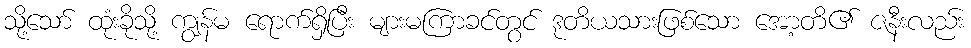
သို့သော် ထုံးခိုသို့ ကျွန်မ ရောက်ရှိပြီး များမကြာခင်တွင် ဒုတိယသားဖြစ်သော အော့တိ၏ ဇနီးလည်း